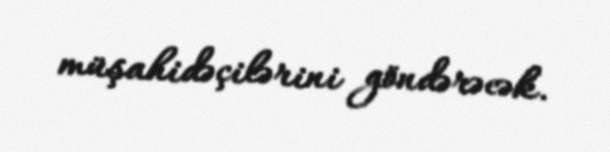
müşahidəçilərini göndərəcək.